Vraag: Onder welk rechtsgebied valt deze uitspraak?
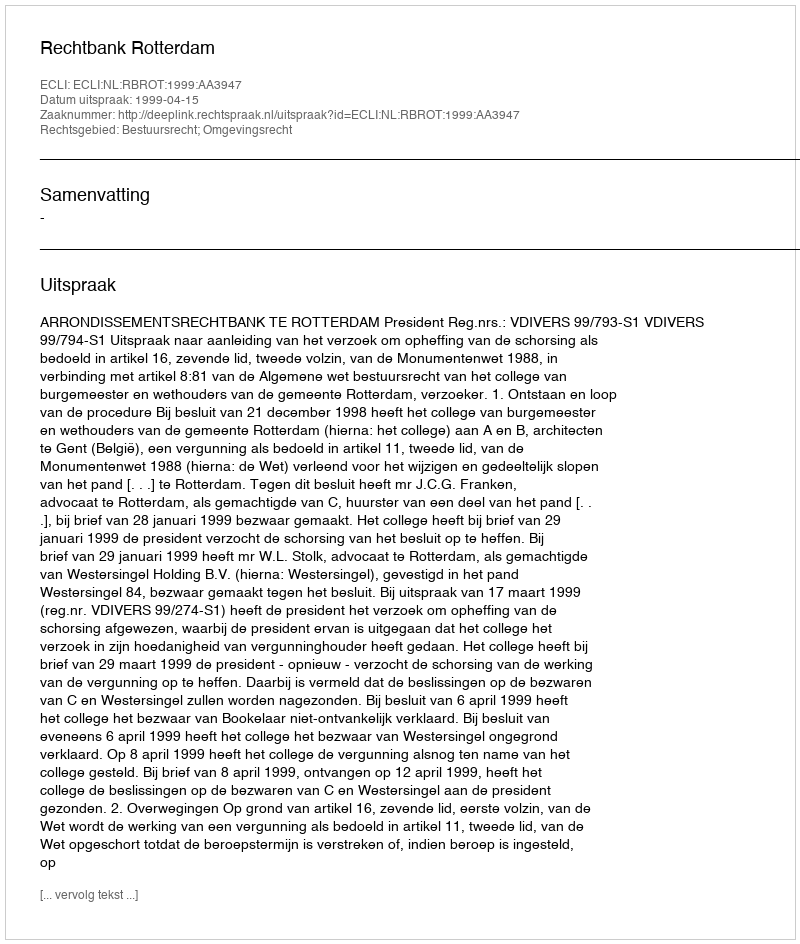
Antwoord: Bestuursrecht; Omgevingsrecht